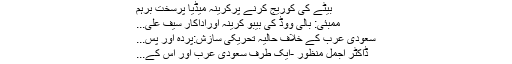
بیٹے کی کوریج کرنے پرکرینہ میڈیا پرسخت برہم
ممبئی: بالی ووڈ کی بیبو کرینہ اوراداکار سیف علی...
سعودی عرب کے خلاف حالیہ تحریکی سازش:پردہ اور پس...
ڈاکٹر اجمل منظور -ایک طرف سعودی عرب اور اس کے...